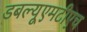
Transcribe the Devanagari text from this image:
डबल्यूएमटीएच